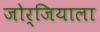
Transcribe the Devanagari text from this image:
जोर्जियाला